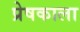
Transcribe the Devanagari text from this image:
प्रेषकाला